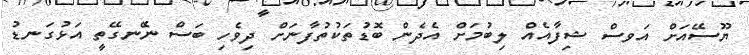
ޔޫސޭއަށް އަވސް ޝިފާއެއް ލިބުމަށް އެދެން ބޮޑުތަކުތުފާނަށް ދިވެހި ބަސް ނެޭނގޭތީ އަޅުގަނޑު